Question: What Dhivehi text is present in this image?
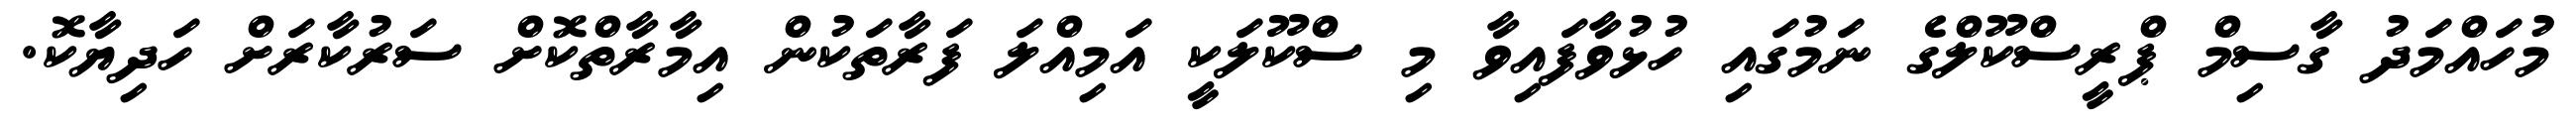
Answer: މުހައްމަދު ގާސިމް ޕްރީސްކޫލްގެ ނަމުގައި ހުޅުވާފައިވާ މި ސްކޫލަކީ އަމިއްލަ ފަރާތަކުން އިމާރާތްކޮށް ސަރުކާރަށް ހަދިޔާކޮ.